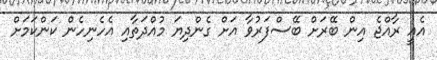
އެއީ ރާއްޖެ އިން ބޭރަށް ބޭސްފަރުވާ އަށް ގެންދިޔަ މުއްދަތާއި އެހެނިހެން ކަންކަމަށް